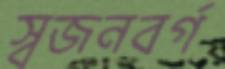
স্বজনবর্গ